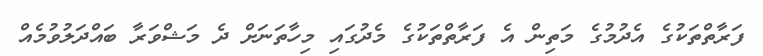
ފަރާތްތަކުގެ އެދުމުގެ މަތިން އެ ފަރާތްތަކުގެ މެދުގައި މިހާތަނަށް ދެ މަޝްވަރާ ބައްދަލުވުމެއް